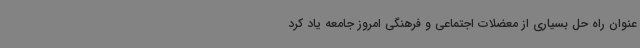
عنوان راه حل بسیاری از معضلات اجتماعی و فرهنگی امروز جامعه یاد کرد